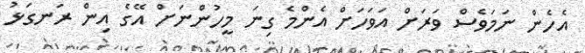
އެހެން ނަމަވެސް ވަރަށް އަވަހަށް އެންމެ ގިނަ މީހުންނަށް އޭގެ އިން ރަނގަޅު